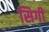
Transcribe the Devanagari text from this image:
सिगी